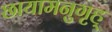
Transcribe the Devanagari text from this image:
छायामनुगृह्